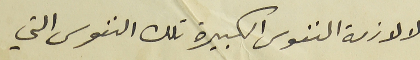
الا لازمة النفوس الكبيرة تلك النفوس التي